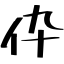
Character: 伜